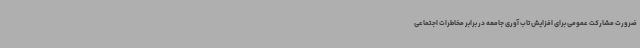
ضرورت مشارکت عمومی برای افزایش تاب آوری جامعه در برابر مخاطرات اجتماعی